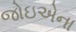
જોઇએના